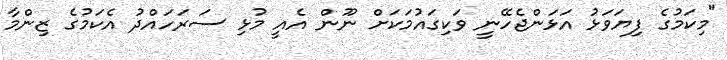
"މިކަމުގެ ފިޔަވަޅު އަޅަންޖެހޭނީ ވަކިގައުމަކަށް ނޫން އެއީ މުޅި ސަރަހައްދު އެކަމުގެ ޒިންމާ